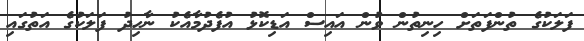
ފަލަކުގެ ތުންފަތަށް ހިނިތުން ވުން އައިސް އަޑިކޮޅު އުފެދުމާއެކު ނާހިދު ފަލަކުގެ އަތުގައި